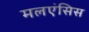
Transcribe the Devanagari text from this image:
मलएंसिस